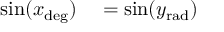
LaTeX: \begin{array} { r l } { \sin ( x _ { \mathrm { d e g } } ) } & { { } = \sin ( y _ { \mathrm { r a d } } ) } \end{array}